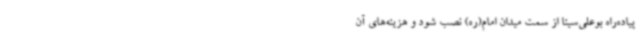
پیاده‌راه بوعلی‌سینا از سمت میدان امام(ره) نصب شود و هزینه‌های آن